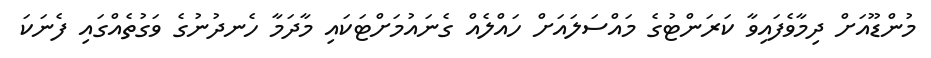
މުންޑޫއަށް ދިމާވެފައިވާ ކަރަންޓުގެ މައްސަލައަށް ހައްލެއް ގެނައުމަށްޓަކައި މާދަމާ ހެނދުނުގެ ވަގުތެއްގައި ފެނަކަ